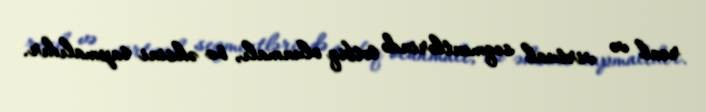
real və virtual seqmentlərində tətbiq olunmalı, öz əksini tapmalıdır.